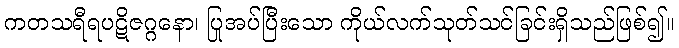
ကတသရီရပဋိဇဂ္ဂနော၊ ပြုအပ်ပြီးသော ကိုယ်လက်သုတ်သင်ခြင်းရှိသည်ဖြစ်၍။